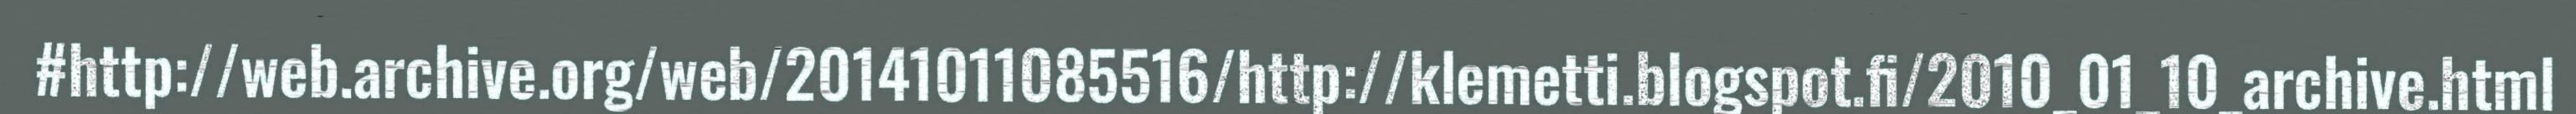
#http://web.archive.org/web/20141011085516/http://klemetti.blogspot.fi/2010_01_10_archive.html